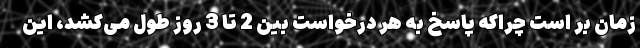
زمان بر است چراکه پاسخ به هر درخواست بین 2 تا 3 روز طول می‌کشد، این